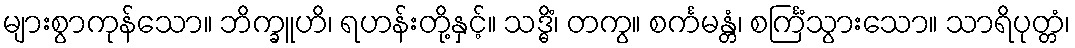
များစွာကုန်သော။ ဘိက္ခူဟိ၊ ရဟန်းတို့နှင့်။ သဒ္ဓိံ၊ တကွ။ စင်္ကမန္တံ၊ စင်္ကြံသွားသော။ သာရိပုတ္တံ၊